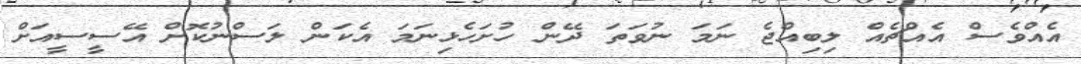
އެއްވެސް އެއްޗެއް ލިބިއްޖެ ނަމަ ނުވަތަ ދޭން ހުށަހެޅިނަމަ އެކަން ލަސްނުކޮށް އޭސީސީއަށް